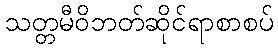
သတ္တမီဝိဘတ်ဆိုင်ရာစာစပ်